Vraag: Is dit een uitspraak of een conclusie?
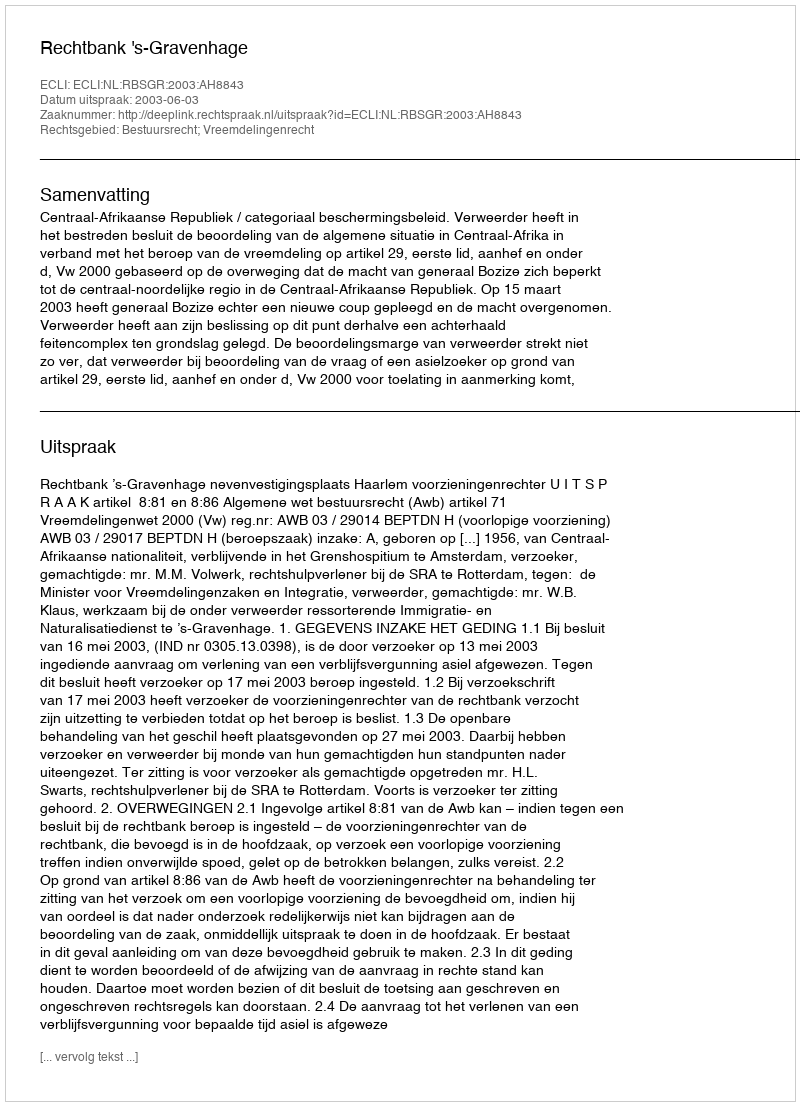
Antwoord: Uitspraak